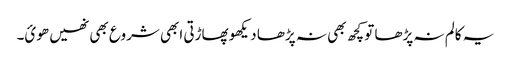
یہ کالم نہ پڑھا تو کچھ بھی نہ پڑھا دیکھو پھاڑتی ابھی شروع بھی نھیں ھوئ۔